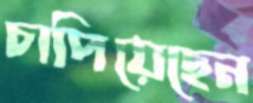
চাপিয়েছেন